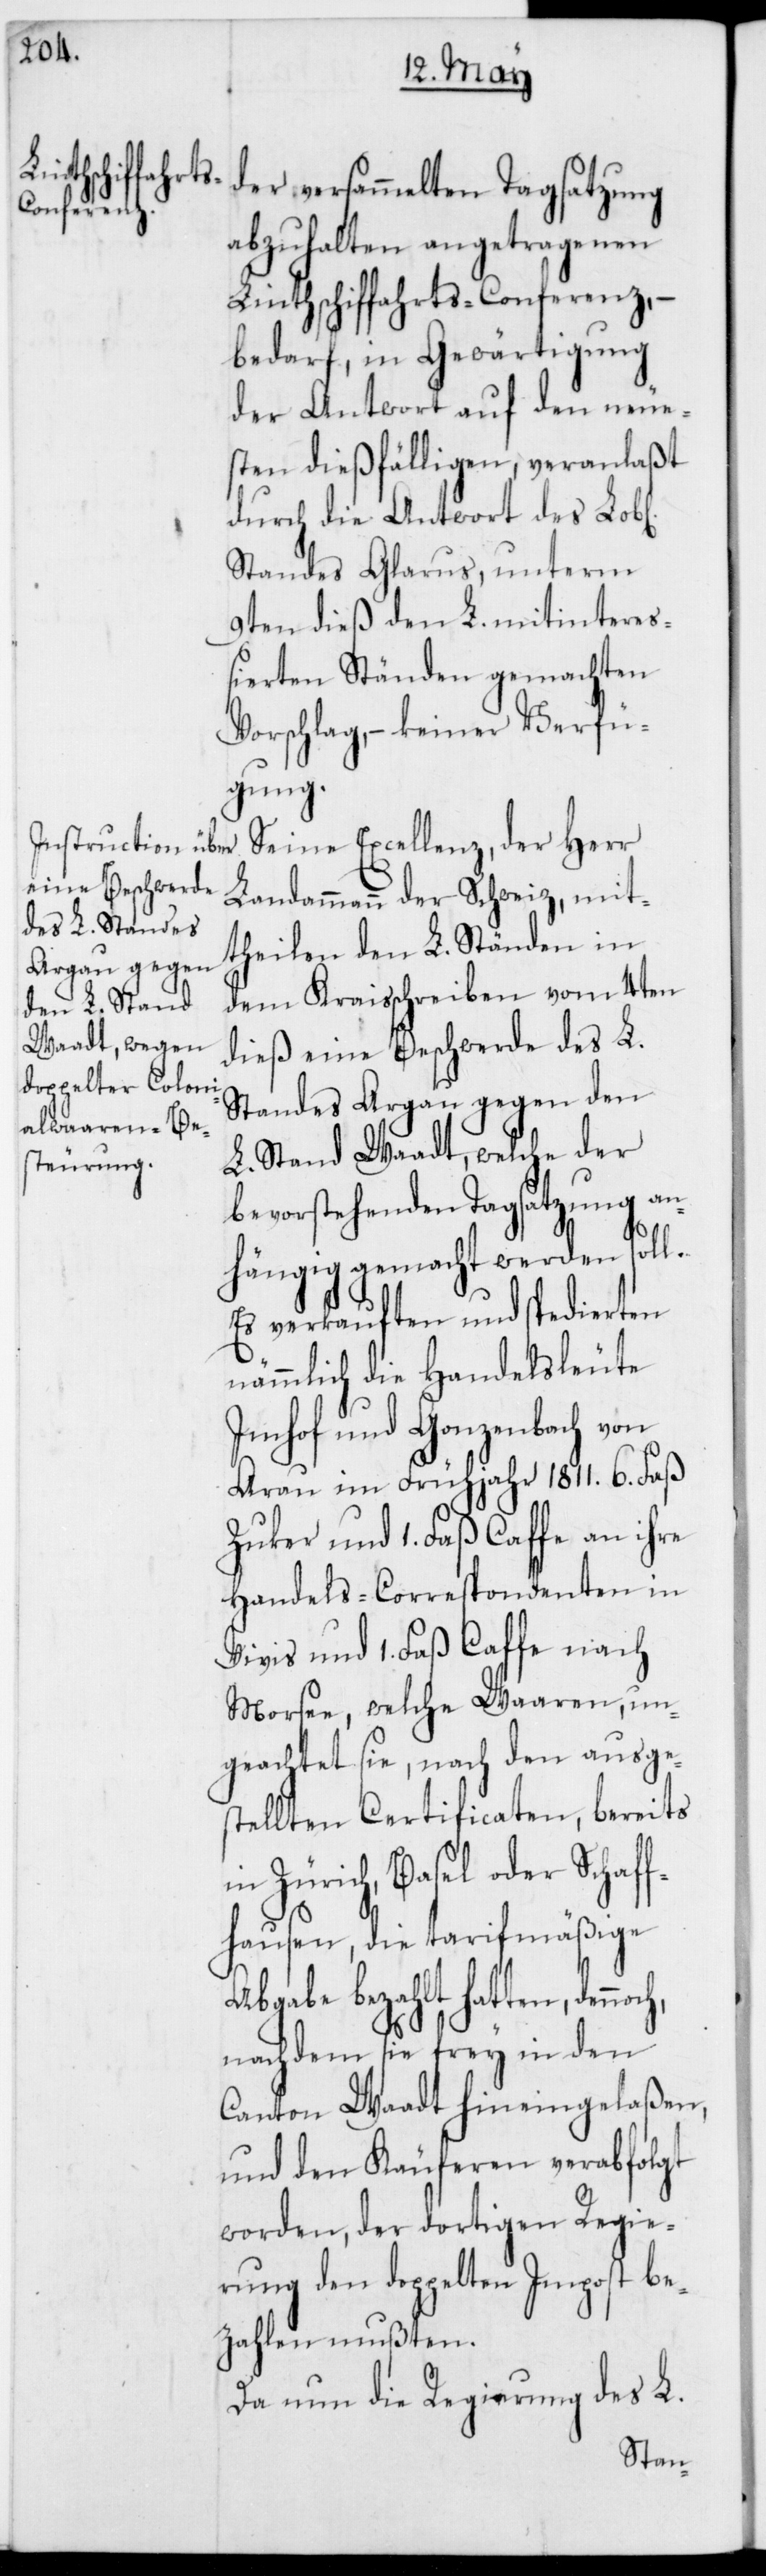
och,
der versammelten Tagsatzung
abzuhalten angetragenen
Linthschiffahrts-Conferenz, –
bedarf, in Gewärtigung
der Antwort auf den neue¬
sten dießfälligen; veranlaßt
durch die Antwort des Lobl.
Standes Glarus, unterm
9ten dieß den L. mitintere¬
ßierten Ständen gemachten
Vorschlag, – keiner Verfü¬
gung.
Landammann der Schweiz, mit¬
theilen den L. Ständen in
dem Kreißchreiben vom 4ten
dieß eine Beschwerde des L.
Standes Argau gegen den
L. Stand Waadt, welche der
bevorstehenden Tagsatzung an¬
hängig gemacht werden soll.
Es verkauften und spedierten
nämmlich die Handelsleute
Imhof und Gonzenbach von
Arau im Frühjahr 1811. 6. Faß
Zucker und 1. Faß Caffe an ihre
Handels-Correspondenten in
Vivis und 1. Faß Caffe nach
Morsen, welche Waaren, un¬
geachtet sie, nach den ausge¬
stellten Certificaten, bereits
in Zürich, Basel oder Schaff¬
hausen, die tarifmäßige
Abgabe bezahlt hatten, denn¬
nachdem sie frey in den
Canton Waadt hineingelaßen,
und den Käuferen verabfolgt
worden, der dortigen Regie¬
rung den doppelten Impost be¬
zahlen mußten.
Da nun die Regierung des L.